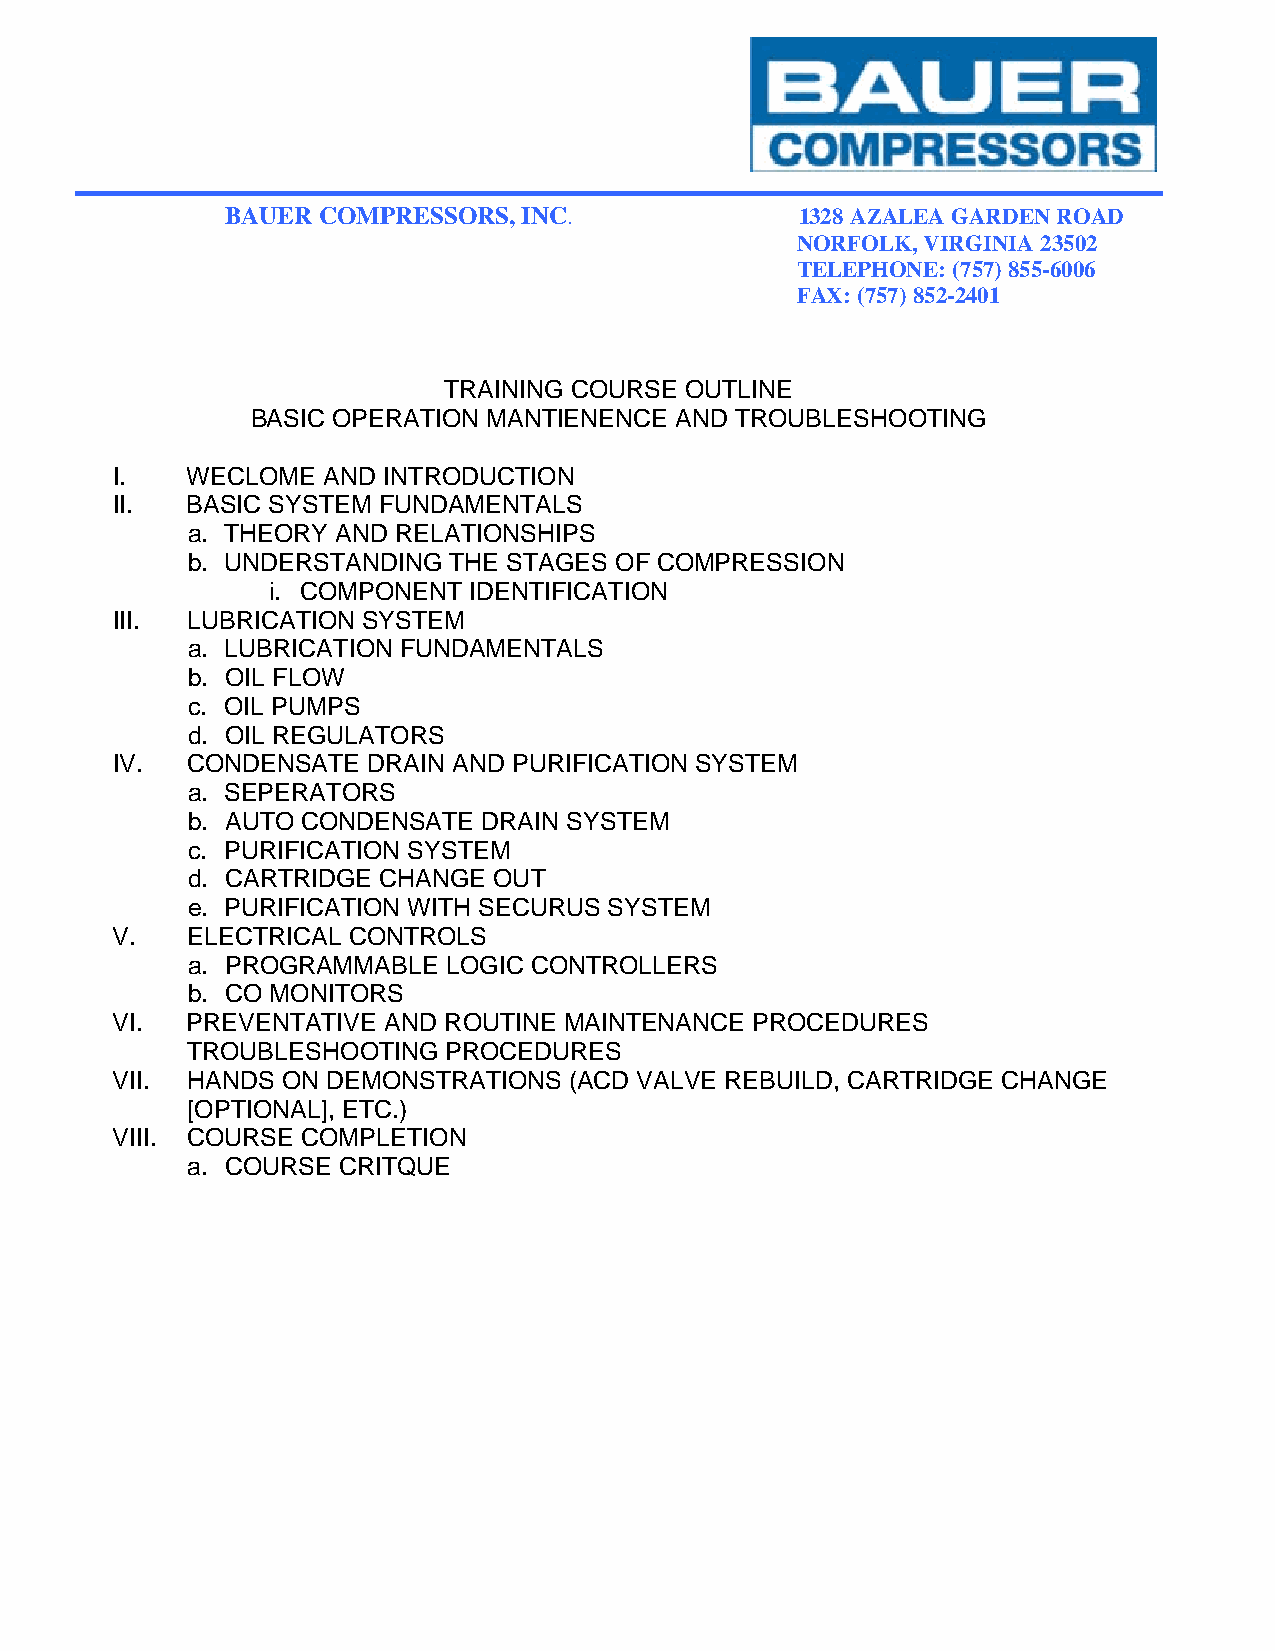
BAUER COMPRESSORS,  INC.              1328 AZALEA GARDEN ROAD
 NORFOLK, VIRGINIA 23502
 TELEPHONE: (757) 855-6006
 FAX: (757) 852-2401
 TRAINING COURSE OUTLINE
 BASIC OPERATION MANTIENENCE AND TROUBLESHOOTING
 I.   WECLOME  AND INTRODUCTION
 II.  BASIC SYSTEM FUNDAMENTALS
 a. THEORY AND RELATIONSHIPS
 b. UNDERSTANDING  THE STAGES OF COMPRESSION
 i. COMPONENT IDENTIFICATION
 III. LUBRICATION SYSTEM
 a. LUBRICATION FUNDAMENTALS
 b. OIL FLOW
 c. OIL PUMPS
 d. OIL REGULATORS
 IV.  CONDENSATE  DRAIN AND PURIFICATION SYSTEM
 a. SEPERATORS
 b. AUTO CONDENSATE  DRAIN SYSTEM
 c. PURIFICATION SYSTEM
 d. CARTRIDGE CHANGE  OUT
 e. PURIFICATION WITH SECURUS SYSTEM
 V.   ELECTRICAL CONTROLS
 a. PROGRAMMABLE   LOGIC CONTROLLERS
 b. CO MONITORS
 VI.  PREVENTATIVE AND ROUTINE MAINTENANCE  PROCEDURES
 TROUBLESHOOTING   PROCEDURES
 VII. HANDS  ON DEMONSTRATIONS  (ACD VALVE REBUILD, CARTRIDGE CHANGE
 [OPTIONAL], ETC.)
 VIII. COURSE COMPLETION
 a. COURSE CRITQUE